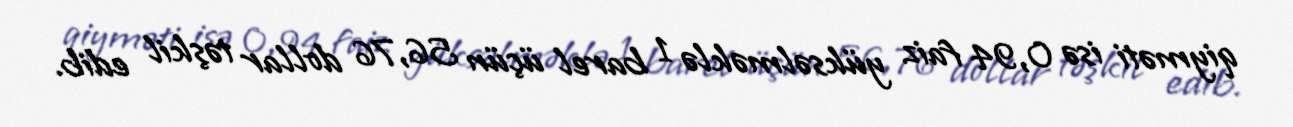
qiyməti isə 0,94 faiz yüksəlməklə 1 barel üçün 56,76 dollar təşkil edib.